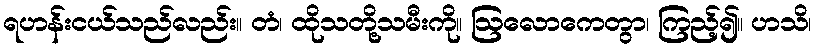
ရဟန်းငယ်သည်လည်း။ တံ၊ ထိုသတို့သမီးကို။ ဩလောကေတွာ၊ ကြည့်၍။ ဟသိ၊